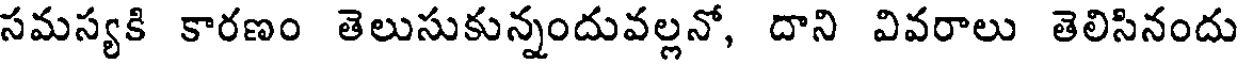
సమస్యకి కారణం తెలుసుకున్నందువల్లనో, దాని వివరాలు తెలిసినందు